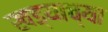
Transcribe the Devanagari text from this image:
खड्याच्या